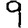
Digit: 9